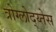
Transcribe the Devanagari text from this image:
त्रोग्लोद्य्तेस